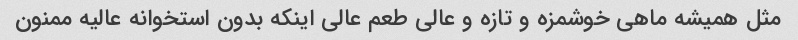
مثل همیشه ماهی خوشمزه و تازه و عالی طعم عالی اینکه بدون استخوانه عالیه ممنون